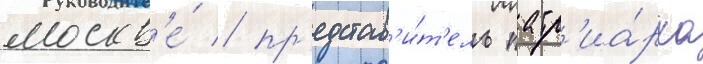
москв'е́ / пр'едстав'и́т'ель патр'иа́рха